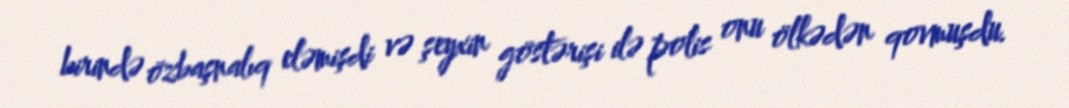
birində özbaşnalıq eləmişdi və şeyxin göstərişi ilə polis onu ölkədən qovmuşdu.